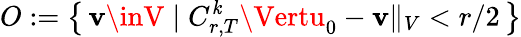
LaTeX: O:=\left\{ \, \mathbf{v}\inV\; \vert\; C_{r,T}^{\mathit{k}}\Vertu_{0}-\mathbf{v}\Vert_{V}<r/2\, \right\}